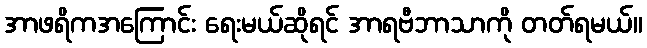
အာဖရိကအကြောင်း ရေးမယ်ဆိုရင် အာရဗီဘာသာကို တတ်ရမယ်။